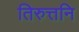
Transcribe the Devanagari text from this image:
तिरुत्तनि